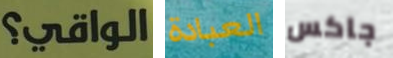
الواقي؟ العبادة جاكس